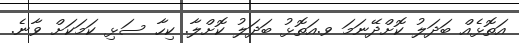
އަތޮޅެއް ބަދަލު ކޮށްދޭނަމަ ވ.އަތޮޅު ބަދަލު ކޮށްލާ. ކިހާ ސަޅި ކަމަކަށް ވާނެ.